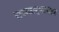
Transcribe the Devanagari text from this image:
राज्यग्रहणानंतर